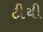
ટીચી